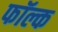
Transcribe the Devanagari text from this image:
फॉल्क